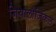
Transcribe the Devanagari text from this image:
जियालौजिकल